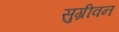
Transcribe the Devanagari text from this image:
सुग्रीवन